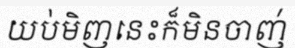
យប់មិញនេះក៏មិនចាញ់